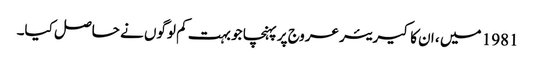
1981 میں ، ان کا کیریئر عروج پر پہنچا جو بہت کم لوگوں نے حاصل کیا۔